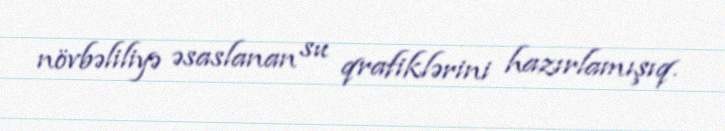
növbəliliyə əsaslanan su qrafiklərini hazırlamışıq.